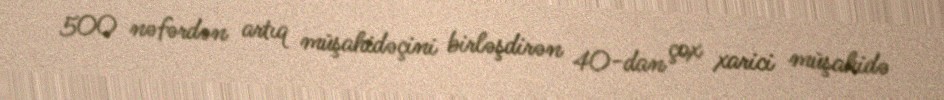
500 nəfərdən artıq müşahidəçini birləşdirən 40-dan çox xarici müşahidə